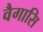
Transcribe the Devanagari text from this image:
वैगासि